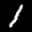
Label: 1